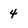
Character: 4